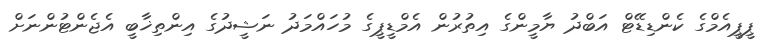
ޕީޕީއެމްގެ ކެންޑިޑޭޓް އަބްދު ޔާމީންގެ އިތުރުން އެމްޑީޕީގެ މުހައްމަދު ނަޝީދުގެ އިންތިޚާބީ އެޖެންޓުންނަށް